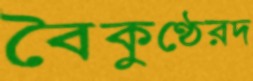
বৈকুণ্ঠেরদ